Annual report of the Prince of Wales Medical College, Patna
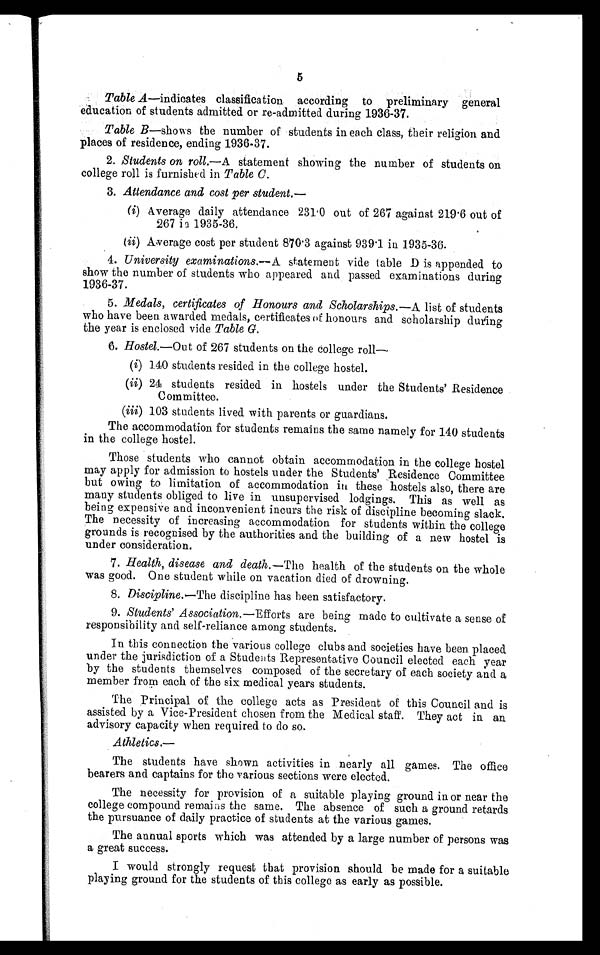
5
Table A—indicates classification according to preliminary general
education of students admitted or re-admitted during 1936-37.
Table B—shows the number of students in each class, their religion and
places of residence, ending 1936-37.
2. Students on roll.
—A statement showing the number of students on
college roll is furnished in Table C.
3. Attendance and cost per student. —
(i) Average daily attendance 231.0 out of 267 against 219.6 out of
267 in 1935-36.
(ii) Average cost per student 870.3 against 939.1 in 1935-36.
4. University examinations. —A statement vide table D is appended to
show the number of students who appeared and passed examinations during
1936-37.
5. Medals, certificates of Honours and Scholarships. —A list of students
who have been awarded medals, certificates of honours and scholarship during
the year is enclosed vide Table G.
6. Hostel.—Out of 267 students on the college roll
—
(i) 140 students resided in the college hostel.
(ii) 24 students resided in hostels under the Students' Residence
Committee.
(iii) 103 students lived with parents or guardians.
The accommodation for students remains the same namely for 140 students
in the college hostel.
Those students who cannot obtain accommodation in the college hostel
may apply for admission to hostels under the Students' Residence Committee
but owing to limitation of accommodation in these hostels also, there are
many students obliged to live in unsupervised lodgings. This as well as
being expensive and inconvenient incurs the risk of discipline becoming slack.
The necessity of increasing accommodation for students within the college
grounds is recognised by the authorities and the building of a new hostel is
under consideration.
7. Health, disease and death. —The health of the students on the whole
was good. One student while on vacation died of drowning.
8. Discipline. —The discipline has been satisfactory.
9. Students' Association. —Efforts are being made to cultivate a sense of
responsibility and self-reliance among students.
In this connection the various college clubs and societies have been placed
under the jurisdiction of a Students Representative Council elected each year
by the students themselves composed of the secretary of each society and a
member from each of the six medical years students.
The Principal of the college acts as President of this Council and is
assisted by a Vice-President chosen from the Medical staff. They act in an
advisory capacity when required to do so.
Athletics.
—
The students have shown activities in nearly all games. The office
bearers and captains for the various sections were elected.
The necessity for provision of a suitable playing ground in or near the
college compound remains the same. The absence of such a ground retards
the pursuance of daily practice of students at the various games.
The annual sports which was attended by a large number of persons was
a great success.
I would strongly request that provision should be made for a suitable
playing ground for the students of this college as early as possible.